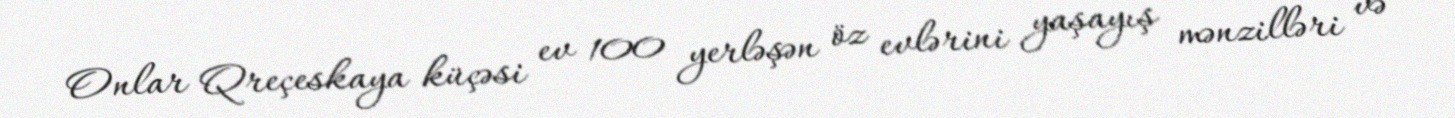
Onlar Qreçeskaya küçəsi ev 100 yerləşən öz evlərini yaşayış mənzilləri və